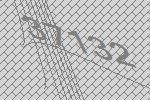
37132